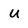
Character: U